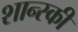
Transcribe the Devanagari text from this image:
शान्स्की